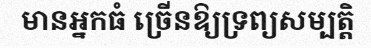
មានអ្នកធំ ច្រើនឱ្យទ្រព្យសម្បត្តិ